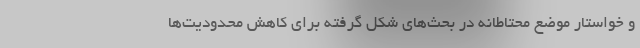
و خواستار موضع محتاطانه در بحث‌های شکل گرفته برای کاهش محدودیت‌ها